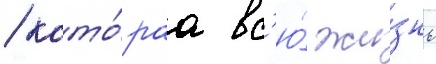
/ кото́раа вс'ю́ жи́знь